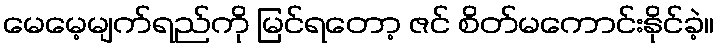
မေမေ့မျက်ရည်ကို မြင်ရတော့ ဇင် စိတ်မကောင်းနိုင်ခဲ့။